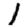
Digit: 1